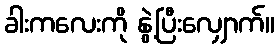
ခါးကလေးကို နွဲ့ပြီးလျှောက်။